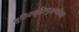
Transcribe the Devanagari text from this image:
श्रुतिस्मृतिपुराणोक्त